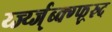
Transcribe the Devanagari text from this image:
र्य्ज्य्ज्ब्क्ग्फ्र्स्र्द